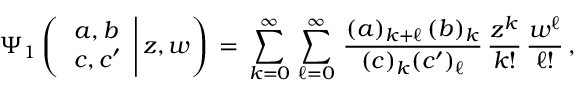
\begin{array} { l } { \displaystyle \Psi _ { 1 } \left( \left. \begin{array} { l } { a , b } \\ { c , c ^ { \prime } } \end{array} \right| z , w \right) \, = \, \sum _ { k = 0 } ^ { \infty } \, \sum _ { \ell = 0 } ^ { \infty } \, \frac { ( a ) _ { k + \ell } \, ( b ) _ { k } } { ( c ) _ { k } ( c ^ { \prime } ) _ { \ell } } \, \frac { z ^ { k } } { k ! } \, \frac { w ^ { \ell } } { \ell ! } \, , } \end{array}